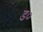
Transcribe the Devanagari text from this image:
ड०